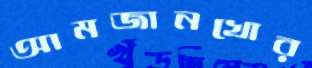
আমজানখোর